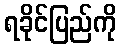
ရခိုင်ပြည်ကို